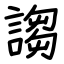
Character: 謅